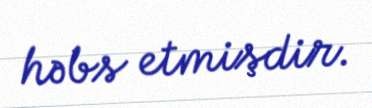
həbs etmişdir.